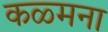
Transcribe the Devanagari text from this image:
कळ्मना